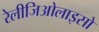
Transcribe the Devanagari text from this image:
रेलीजिओलाइसो